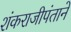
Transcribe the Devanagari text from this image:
शंकराजीपंताने